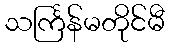
သင်္ကြန်မတိုင်မီ